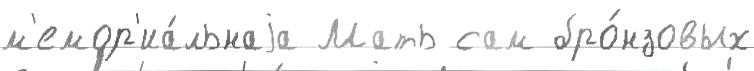
м'емор'иа́льнаjа Мать сам бро́нзовых